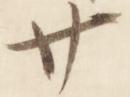
廿